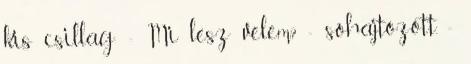
kis csillag: - Mi lesz velem? - sóhajtozott. -